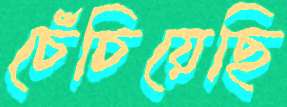
চেঁচিয়েছি